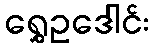
ရွှေဥဒေါင်း